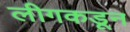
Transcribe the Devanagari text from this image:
लीगकडून